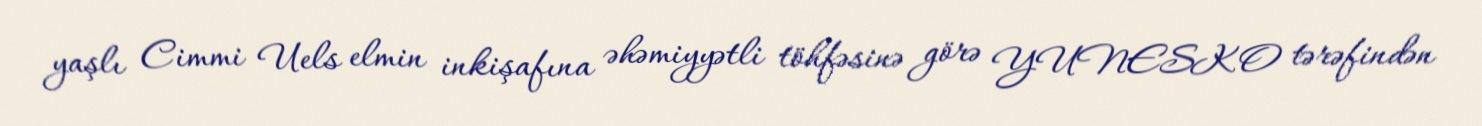
yaşlı Cimmi Uels elmin inkişafına əhəmiyyətli töhfəsinə görə YUNESKO tərəfindən